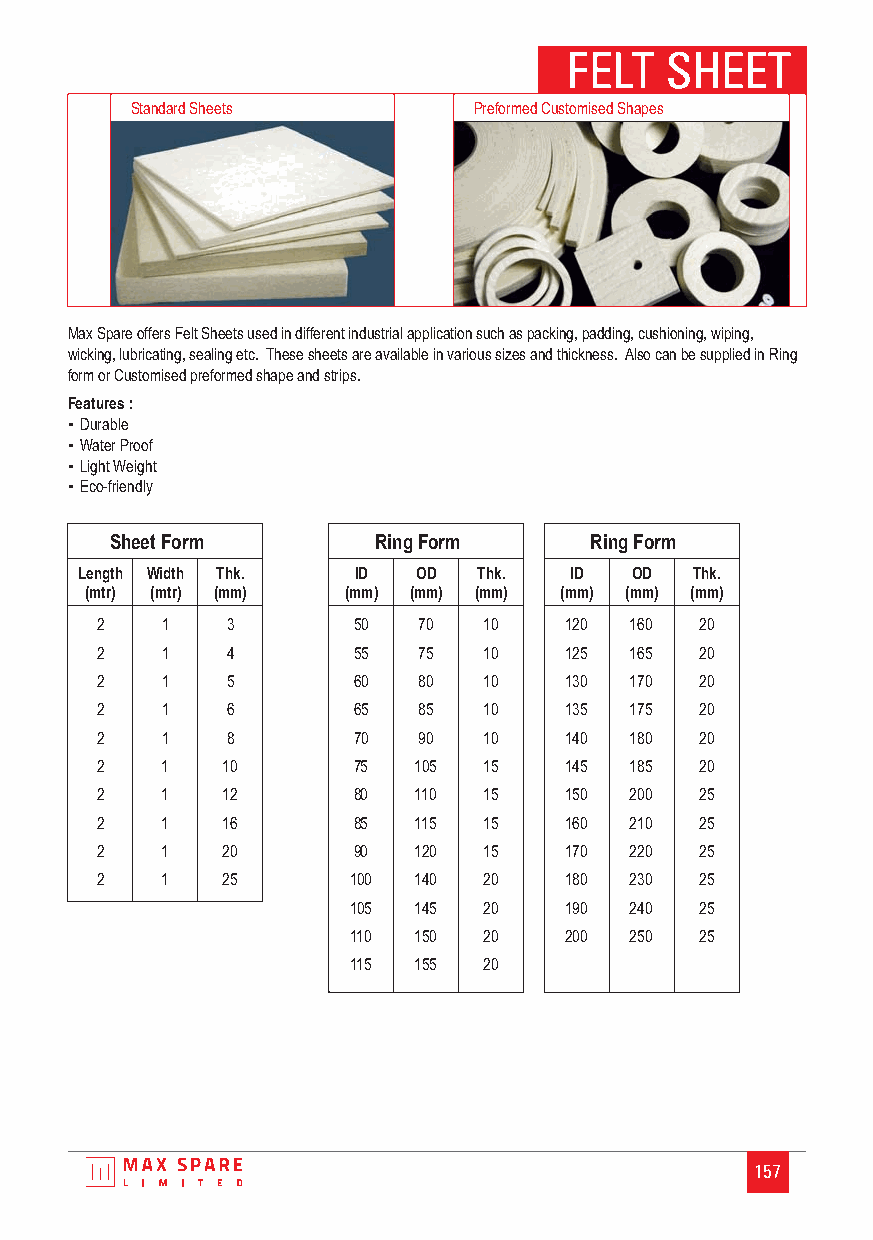
FELT  SHEET
 Standard Sheets       Preformed Customised Shapes
 Max Spare offers Felt Sheets used in different industrial application such as packing, padding, cushioning, wiping,
 wicking, lubricating, sealing etc. These sheets are available in various sizes and thickness. Also can be supplied in Ring
 form or Customised preformed shape and strips.
 Features :
 ▪ Durable
 ▪ Water Proof
 ▪ Light Weight
 ▪ Eco-friendly
 Sheet Form        Ring Form     Ring Form
 Length Width Thk. ID   OD  Thk.  ID  OD  Thk.
 (mtr) (mtr) (mm) (mm) (mm) (mm) (mm) (mm) (mm)
 2    1   3       50   70  10   120  160 20
 2    1   4       55   75  10   125  165 20
 2    1   5       60   80  10   130  170 20
 2    1   6       65   85  10   135  175 20
 2    1   8       70   90  10   140  180 20
 2    1   10      75  105  15   145  185 20
 2    1   12      80   110 15   150  200 25
 2    1   16      85   115 15   160  210 25
 2    1   20      90  120  15   170  220 25
 2    1   25      100 140  20   180  230 25
 105 145  20   190  240 25
 110 150  20   200  250 25
 115 155  20
 157